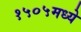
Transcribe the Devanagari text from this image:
१५०५मध्ये